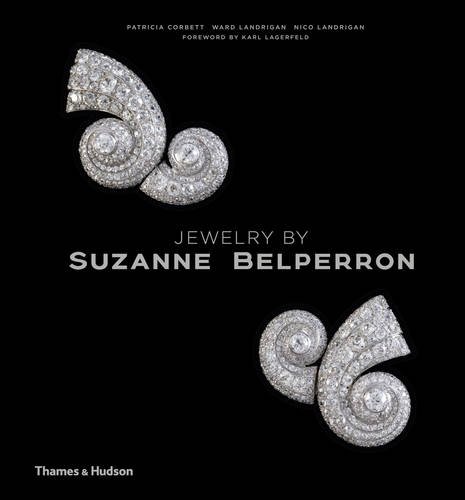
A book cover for Jewelry by Suzanne Belperron: My Style is My Signature; Patricia Corbett; Crafts, Hobbies & Home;